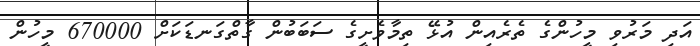
އަދި މަރުވި މީހުންގެ ތެރެއިން އުޅޭ ތިމާވެށީގެ ސަބަބުން ގާތްގަނޑަކަށް 670000 މީހުން